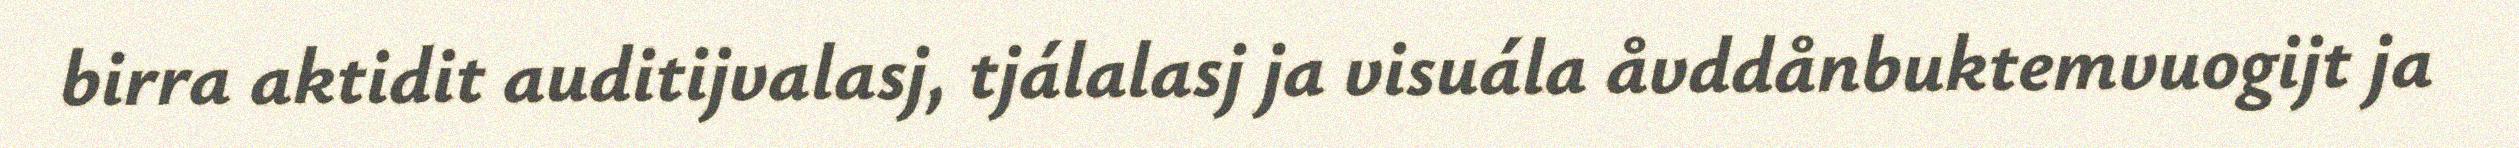
birra aktidit auditijvalasj, tjálalasj ja visuála åvddånbuktemvuogijt ja